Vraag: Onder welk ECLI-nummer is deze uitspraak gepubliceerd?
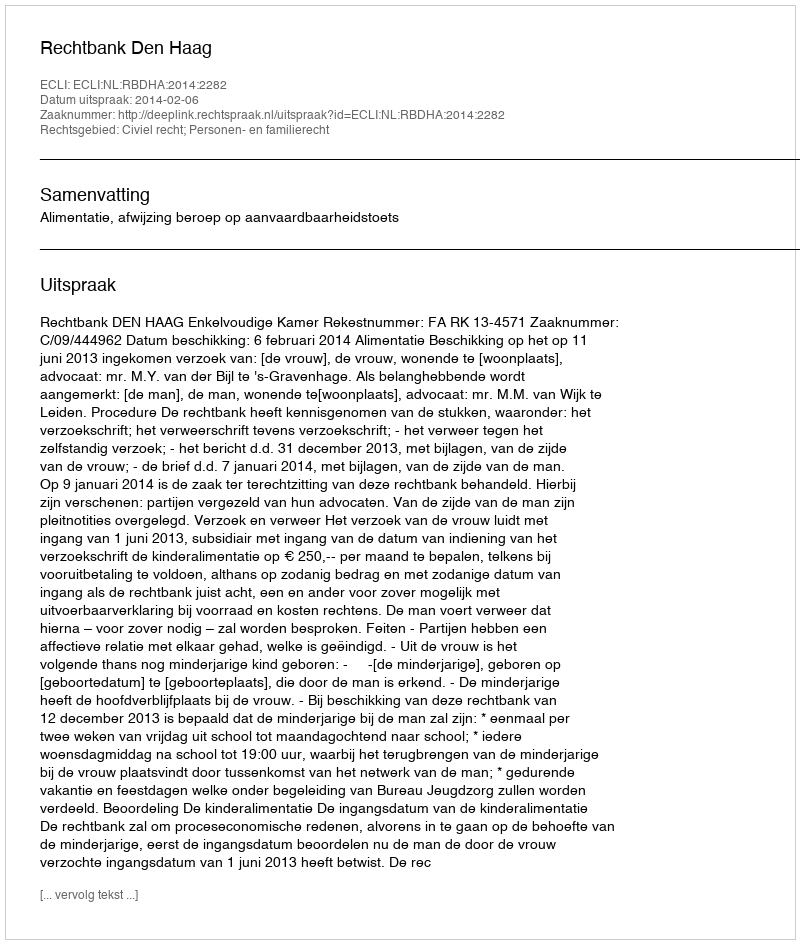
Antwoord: ECLI:NL:RBDHA:2014:2282